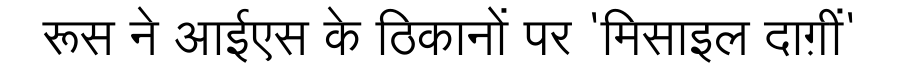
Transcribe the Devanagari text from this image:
रूस ने आईएस के ठिकानों पर 'मिसाइल दाग़ीं'